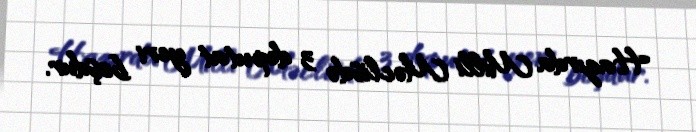
Hazırda Milli Məclisdə 3 deputat yeri boşdur.